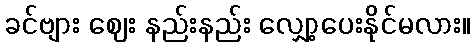
ခင်ဗျား ဈေး နည်းနည်း လျှော့ပေးနိုင်မလား။